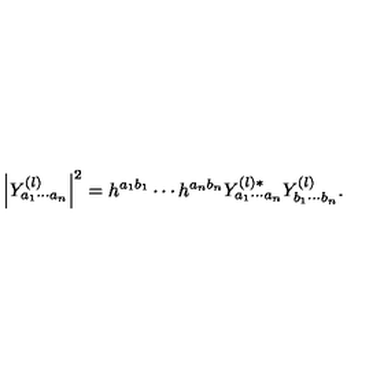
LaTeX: \left| Y _ { a _ { 1 } \cdots a _ { n } } ^ { ( l ) } \right| ^ { 2 } = h ^ { a _ { 1 } b _ { 1 } } \cdots h ^ { a _ { n } b _ { n } } Y _ { a _ { 1 } \cdots a _ { n } } ^ { ( l ) * } Y _ { b _ { 1 } \cdots b _ { n } } ^ { ( l ) } .